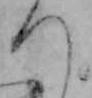
つ